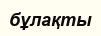
бұлақты